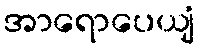
အာရောပေယျံ